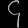
Digit: ၄